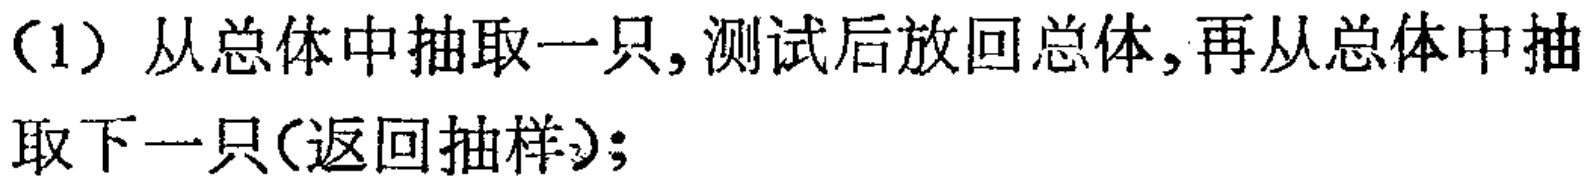
（1）从总体中抽取一只,测试后放回总体,再从总体中抽取下一只(返回抽样);